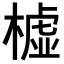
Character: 𣚛